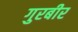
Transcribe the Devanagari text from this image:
गुरबीर